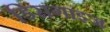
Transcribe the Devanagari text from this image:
डिसगाइज